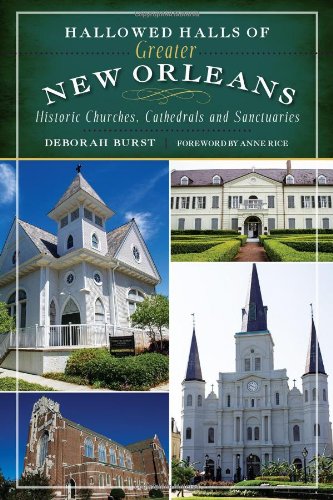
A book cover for Hallowed Halls of Greater New Orleans:: Historic Churches, Cathedrals and Sanctuaries (Landmarks); Deborah Burst; Travel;